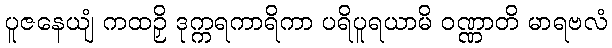
ပူဇနေယျံ ကထဉှိ ဒုက္ကရကာရိကာ ပရိပူရယာမိ ဝဏ္ဏာတိ မာရဗလံ